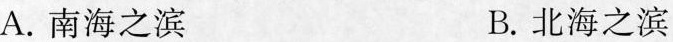
A.南海之滨 B.北海之滨